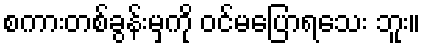
စကားတစ်ခွန်းမှကို ဝင်မပြောရသေး ဘူး။